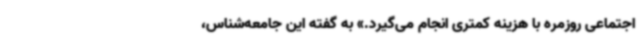
اجتماعی روزمره با هزینه کمتری انجام می‌گیرد.» به گفته این جامعه‌شناس،